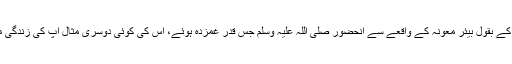
انس بن مالکؓ کے بقول بیئر معونہ کے واقعے سے آنحضور صلی اللہ علیہ وسلم جس قدر غمزدہ ہوئے، اس کی کوئی دوسری مثال آپؐ کی زندگی میں نہیں ملتی۔